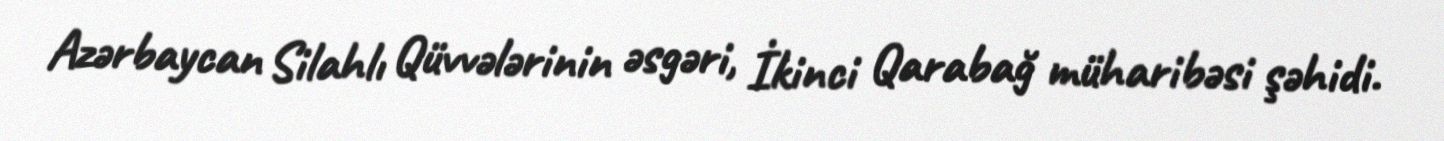
Azərbaycan Silahlı Qüvvələrinin əsgəri, İkinci Qarabağ müharibəsi şəhidi.